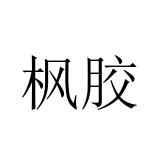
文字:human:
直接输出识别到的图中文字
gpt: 枫胶